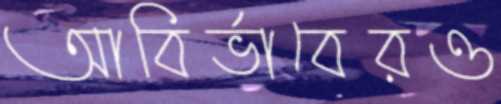
আবির্ভাবেরও